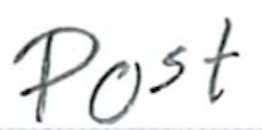
Text: Post
Cross-out: clean
Writing tool: ballpoint